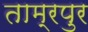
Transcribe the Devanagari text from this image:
ताम्रपुर